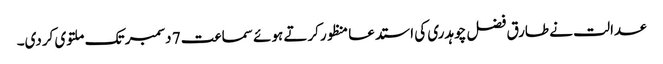
عدالت نے طارق فضل چوہدری کی استدعا منظورکرتے ہوئے سماعت 7 دسمبر تک ملتوی کردی۔